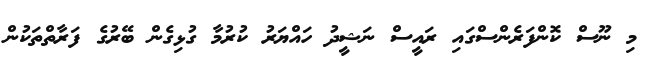
މި ނޫސް ކޮންފަރެންސްގައި ރައީސް ނަޝީދު ހައްޔަރު ކުރުމާ ގުޅިގެން ބޭރުގެ ފަރާތްތަކުން